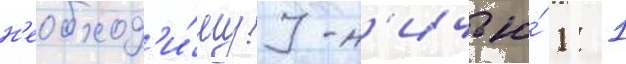
н'еобход'и́муу н'ичью́ 1: 1